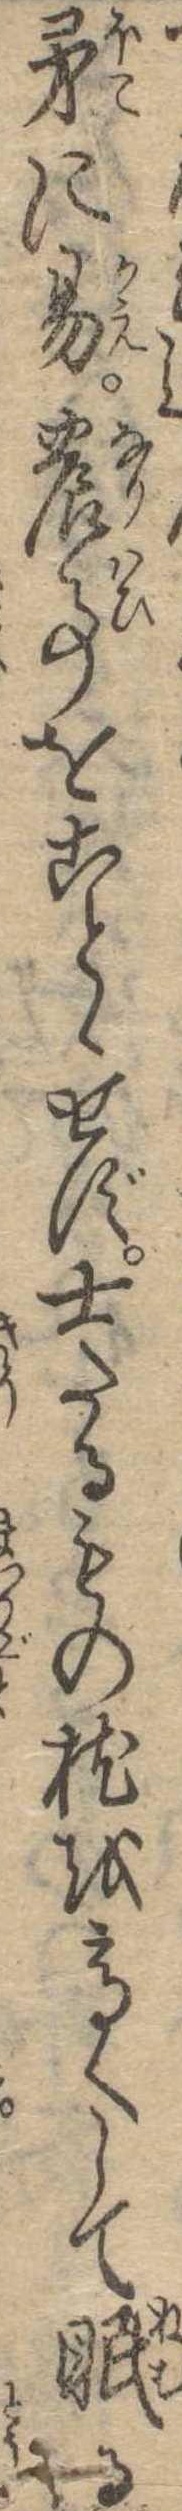
矛に易農事をことゝせず士たるもの枕を高くして眠る